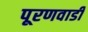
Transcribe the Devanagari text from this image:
पूरणवाडी